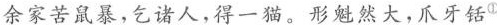
余家苦鼠暴，乞诸人，得一猫。形魁然大，爪牙铦①